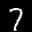
Label: 7